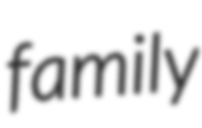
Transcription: family